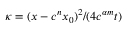
\kappa = ( x - c ^ { n } x _ { 0 } ) ^ { 2 } / ( 4 c ^ { \alpha m } t )